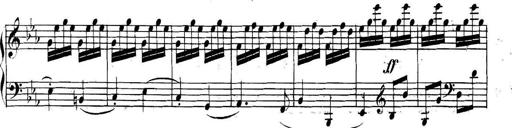
Title: Collected Piano Sonatas
Composer: Muzio Clementi